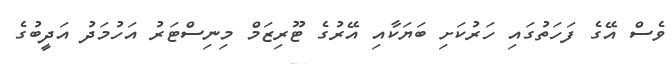
ވެސް އޭގެ ފަހަތުގައި ހަރުކަށި ބަޔަކާއި އޭރުގެ ޓޫރިޒަމް މިނިސްޓަރު އަހުމަދު އަދީބުގެ